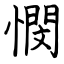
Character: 憫